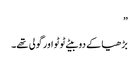
”
بڑھیا کے دو بیٹے ٹوٹو اور گولی تھے۔